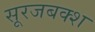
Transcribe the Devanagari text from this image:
सूरजबक्श